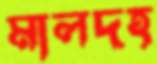
মালদহ